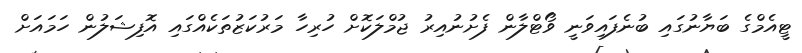
ޓީއެމްގެ ބަޔާނުގައި ބުނެފައިވަނީ ވޯޓްލާން ފެށުނުއިރު ޖުމްލަކޮށް ހުރިހާ މަރުކަޒުތަކެއްގައި އޮފިޝަލުން ހަމައަށް